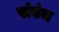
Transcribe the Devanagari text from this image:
संबंथ